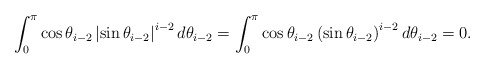
\begin{align*} \int_{0}^{\pi}\cos\theta_{i-2}\left|\sin\theta_{i-2}\right|^{i-2}d\theta_{i-2} = \int_{0}^{\pi}\cos\theta_{i-2}\left(\sin\theta_{i-2}\right)^{i-2}d\theta_{i-2}=0. \end{align*}